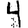
Digit: 4